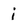
Character: i